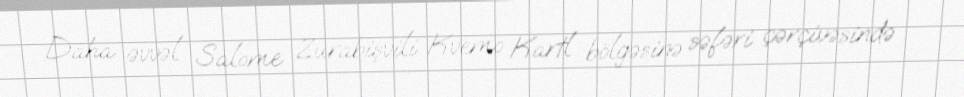
Daha əvvəl Salome Zurabişvili Kvemo Kartl bölgəsinə səfəri çərçivəsində